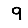
Digit: 9